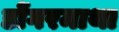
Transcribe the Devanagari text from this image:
डोंगरमाथा